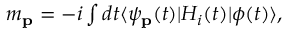
\begin{array} { r } { m _ { \mathbf { p } } = - i \int d t \langle \psi _ { \mathbf { p } } ( t ) | H _ { i } ( t ) | \phi ( t ) \rangle , } \end{array}